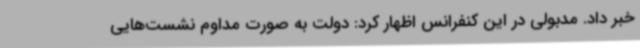
خبر داد. مدبولی در این کنفرانس اظهار کرد: دولت به صورت مداوم نشست‌هایی